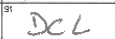
Transcription: DCL